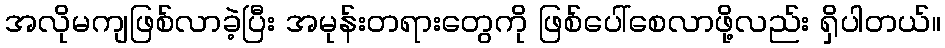
အလိုမကျဖြစ်လာခဲ့ပြီး အမုန်းတရားတွေကို ဖြစ်ပေါ်စေလာဖို့လည်း ရှိပါတယ်။